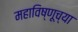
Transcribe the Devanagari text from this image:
महाविष्णूच्या